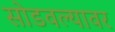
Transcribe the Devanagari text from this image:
सोडवल्यावर